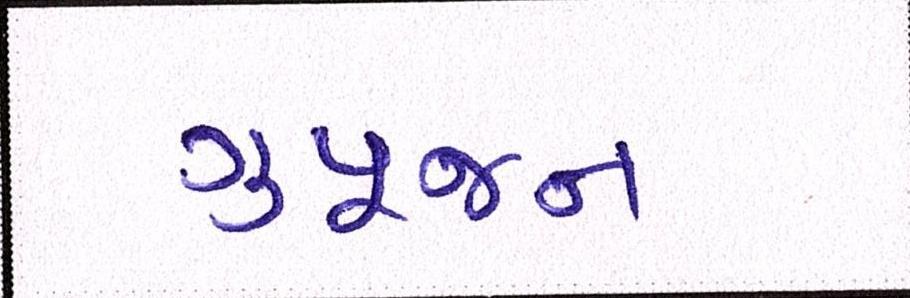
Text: ગુપૂજન